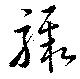
驟